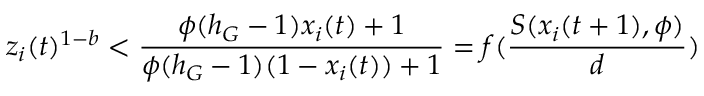
z _ { i } ( t ) ^ { 1 - b } < \frac { \phi ( h _ { G } - 1 ) x _ { i } ( t ) + 1 } { \phi ( h _ { G } - 1 ) ( 1 - x _ { i } ( t ) ) + 1 } = f ( \frac { S ( x _ { i } ( t + 1 ) , \phi ) } { d } )